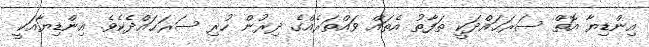
އިންޑިޔާ އޮތް ސަރަޙައްދަކީ ތަފާތު އެތައް ވައްތަރެއްގެ ދިރުން ހުރި ސަރަޙައްދެކެވެ. އިންޑިޔާއަކީ